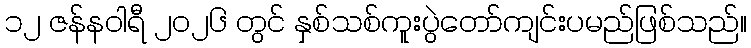
၁၂ ဇန်နဝါရီ ၂၀၂၆ တွင် နှစ်သစ်ကူးပွဲတော်ကျင်းပမည်ဖြစ်သည်။